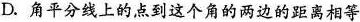
D.角平分线上的点到这个角的两边的距离相等